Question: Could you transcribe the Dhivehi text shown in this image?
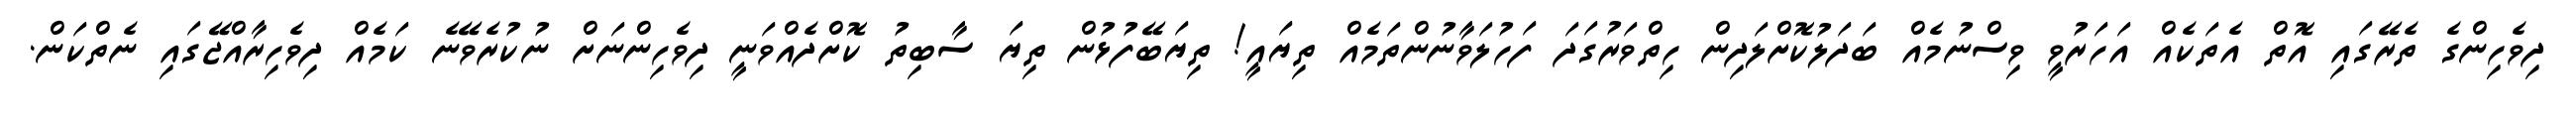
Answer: ދިވެހިންގެ ތެރޭގައި އޮތް އެތަކެއް އަހަރުވީ ވިސްނުމެއް ބަދަލުކޮށްލަދިން ހިތްވަރުގަދަ ފަހުލަވާނުންތަމެއް ތިޔައީ! ތިޔަބޭފުޅުން ތިޔަ ސާބިތު ކޮށްދެއްވަނީ ދިވެހިންނަށް ނުކުރެވޭނެ ކަމެއް ދިވެހިރާއްޖޭގައި ނެތްކަން.